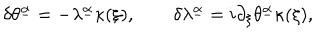
\delta \theta ^ { \underline { { \alpha } } } = - \lambda ^ { \underline { { \alpha } } } \kappa ( \xi ) , \qquad \delta \lambda ^ { \underline { { \alpha } } } = i \partial _ { \xi } \theta ^ { \underline { { \alpha } } } \kappa ( \xi ) ,